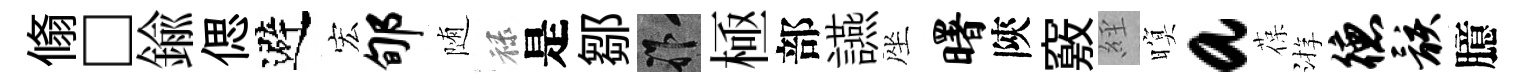
翛□鍮偲避宏郇随禄是鄒祚極部讌座曙陝竅𦀇暝a葆㳺德骸臆